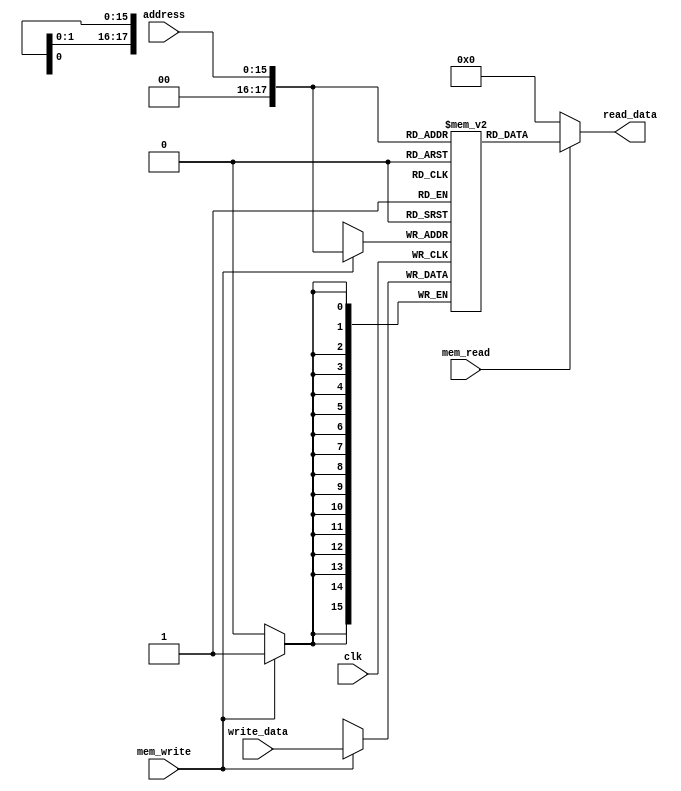
module memory(input [15:0]write_data,input [15:0]address,input clk,mem_read,mem_write,output [15:0]read_data);
    
reg signed [15:0] reg_mem [0:221184];

always @(posedge clk) begin

	if(mem_write)
		reg_mem[address] <= write_data; 
end
  assign read_data = mem_read ? reg_mem[address] : 16'b0;

endmodule